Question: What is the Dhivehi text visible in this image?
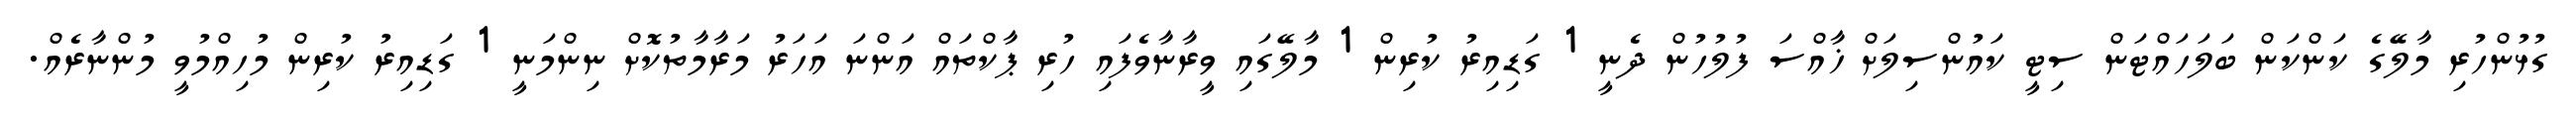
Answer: ގުޅުންހުރި މާލޭގެ ކަންކަން ބަލަހައްޓަން ސިޓީ ކައުންސިލަށް ޚާއްސަ ފުލުހުން ދެނީ 1 ގަޑިއިރު ކުރިން 1 މާލޭގައި ވީރާނާވެފައި ހުރި ޕާކްތައް އަންނަ އަހަރު މަރާމާތުކޮށް ނިންމަނީ 1 ގަޑިއިރު ކުރިން މުހިއްމުވީ މުންނާރެއް.